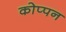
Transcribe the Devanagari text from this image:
कोप्पन